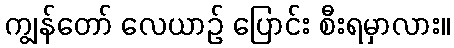
ကျွန်တော် လေယာဉ် ပြောင်း စီးရမှာလား။